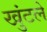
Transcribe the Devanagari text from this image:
खुंटले